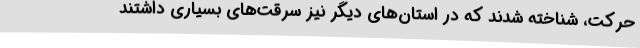
حرکت، شناخته شدند که در استان‌های دیگر نیز سرقت‌های بسیاری داشتند